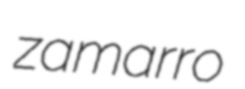
zamarro